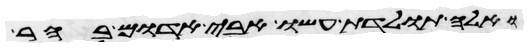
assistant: ואלה תולדת עשו אבי אדום בהר